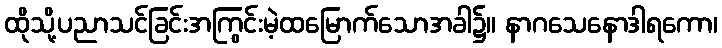
ထိုသို့ပညာသင်ခြင်းအကြွင်းမဲ့ထမြောက်သောအခါ၌။ နာဂသေနောဒါရကော၊